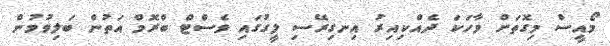
މޯއީސް މިގޮތަށް ވާހަކަ ދެއްކިއިރު އިނގިރޭސި ލީގުގައި ވެސްޓް ބްރޮމް އަތުން ބަލިވުމުން